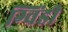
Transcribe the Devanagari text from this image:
ग्विंडी